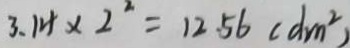
3 . 1 4 \times 2 ^ { 2 } = 1 2 . 5 6 ( d m ^ { 2 } )